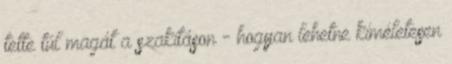
tette túl magát a szakításon - hogyan lehetne kíméletesen